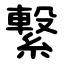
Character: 繋